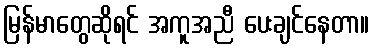
မြန်မာတွေဆိုရင် အကူအညီ ပေးချင်နေတာ။